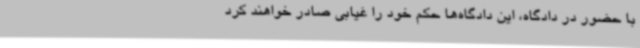
با حضور در دادگاه، این دادگاه‌ها حکم خود را غیابی صادر خواهند کرد